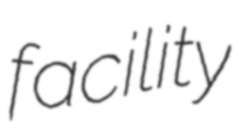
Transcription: facility